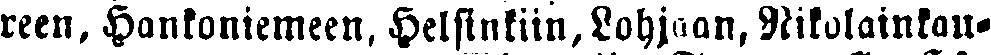
reen, Hankoniemeen, Helsinkiin, Lohjaan. Nikolainkau-